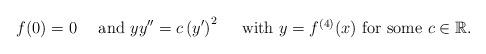
LaTeX: \begin{align*}f(0)=0 \quad\mbox{ and } yy^{\prime\prime}=c\left(y^{\prime}\right)^2 \quad\mbox{ with $y=f^{(4)}(x)$ for some }c\in\mathbb{R}.\end{align*}